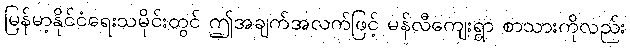
မြန်မာ့နိုင်ငံရေးသမိုင်းတွင် ဤအချက်အလက်ဖြင့် မန်လီကျေးရွာ စာသားကိုလည်း